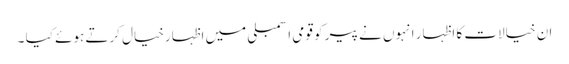
ان خیالات کا اظہار انہوں نے پیر کو قومی اسمبلی میں اظہارخیال کرتے ہوئے کیا ۔